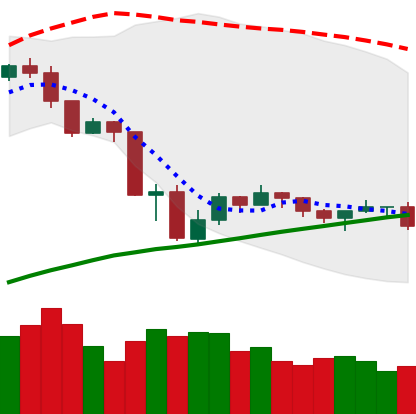
Ticker: ETH-USD
Chart end date: 2019-07-27
Forward return: 5.014%
Label: up_5_7